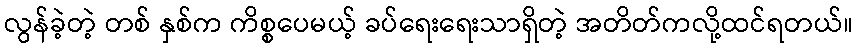
လွန်ခဲ့တဲ့ တစ် နှစ်က ကိစ္စပေမယ့် ခပ်ရေးရေးသာရှိတဲ့ အတိတ်ကလို့ထင်ရတယ်။